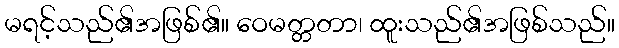
မရင့်သည်၏အဖြစ်၏။ ဝေမတ္တတာ၊ ထူးသည်၏အဖြစ်သည်။